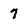
Character: 7